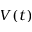
V ( t )